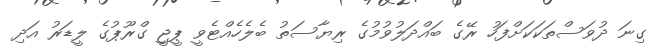
ގިނަ ދުވަސްތަކަކަށްފަހު ރޭގެ ބައްދަލުވުމުގެ ރިޔާސަތު ބެލެހެއްޓެވީ ޕީޖީ ގްރޫޕުގެ ލީޑަރު އަދި